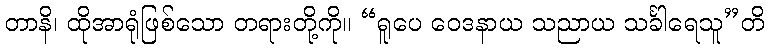
တာနိ၊ ထိုအာရုံဖြစ်သော တရားတို့ကို။ “ရူပေ ဝေဒနာယ သညာယ သင်္ခါရေသူ”တိ